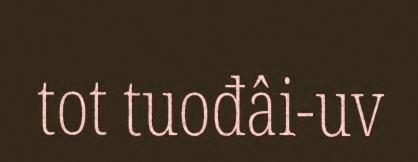
tot tuođâi-uv